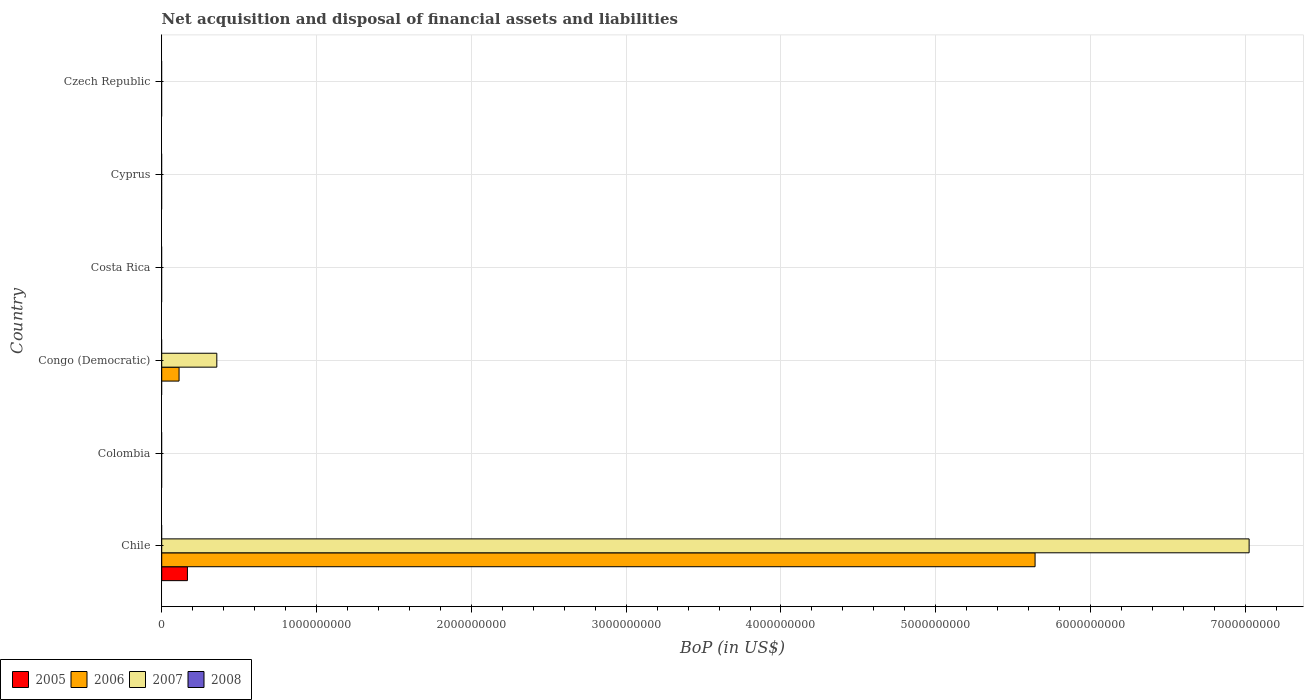
| Country | 2005 | 2006 | 2007 | 2008 |
 | --- | --- | --- | --- | --- |
 | Chile | 1.66e+08 | 5.64e+09 | 7.02e+09 | -2.15e+09 |
 | Colombia | -1.51e+09 | -2.87e+09 | -5.67e+09 | -6.93e+09 |
 | Congo (Democratic) | -5.25e+08 | 1.12e+08 | 3.56e+08 | -3.06e+07 |
 | Costa Rica | -8.21e+08 | -8.72e+08 | -1.41e+09 | -2.83e+09 |
 | Cyprus | -7.23e+08 | -1.26e+09 | -2.59e+09 | -4.02e+09 |
 | Czech Republic | -2.71e+09 | -4.45e+09 | -5.53e+09 | -2.44e+09 |